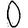
Digit: 0